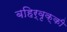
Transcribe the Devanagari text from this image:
बहिर्वृक्की